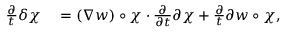
\begin{array} { r l } { \frac { \partial } { t } \delta \chi } & { { } = ( \nabla w ) \circ \chi \cdot \frac { \partial } { \partial t } { \partial \chi } + \frac { \partial } { t } { \partial w } \circ \chi , } \end{array}